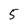
Character: 5